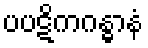
ပပဋိကဂန္ဓာနံ